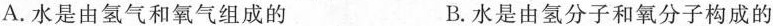
A. 水是由氢气和氧气组成的 B. 水是由氢分子和氧分子构成的